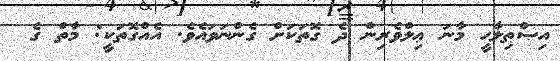
އިޞްޠިލާޙީ މާނަ ޢިލްވެރިން ދެ ގޮތަކަށް ގެންނަވައެވެ. އެއްގޮތަކީ: މާތް ގެ